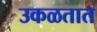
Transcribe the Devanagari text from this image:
उकळतात